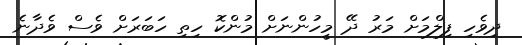
ދިވެހި ފިލްމަށް މަރު ދޭ މީހުންނަށް މުންކޮ ހިތި ހަބަރަށް ވެސް ވެދާނެ